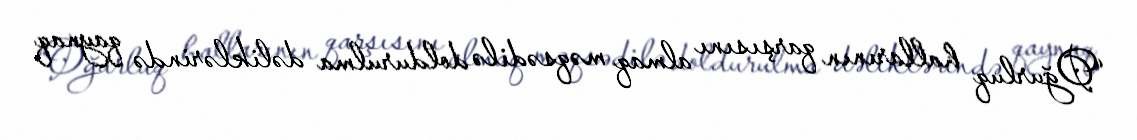
“Oğurluq hallarının qarşısını almaq məqsədilə doldurulma dəliklərində qaynaq